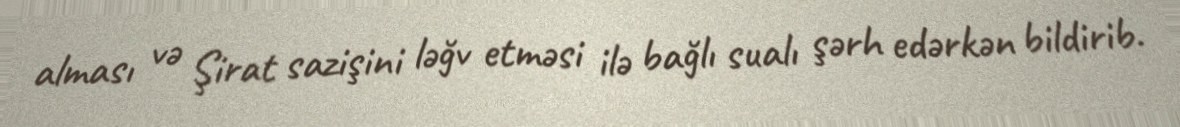
alması və Şirat sazişini ləğv etməsi ilə bağlı sualı şərh edərkən bildirib.